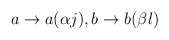
\begin{align*}a \rightarrow a(\alpha j), b \rightarrow b(\beta l)\end{align*}